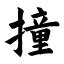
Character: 撞